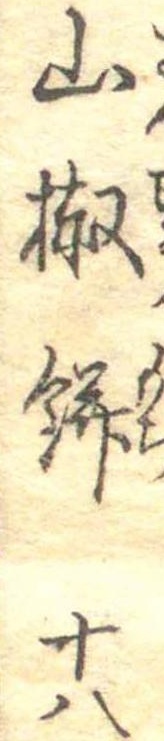
山椒餅十八